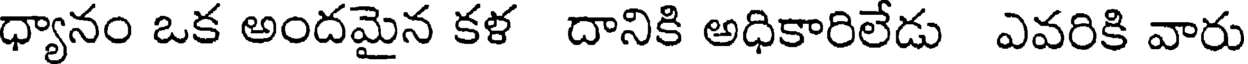
ధ్యానం ఒక అందమైన కళ దానికి అధికారిలేడు ఎవరికి వారు